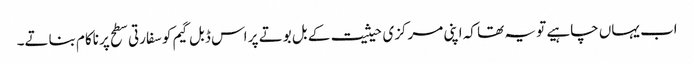
اب یہاں چاہیے تو یہ تھا کہ اپنی مرکزی حیثیت کے بل بوتے پر اس ڈبل گیم کو سفارتی سطح پر ناکام بناتے۔